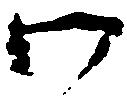
御